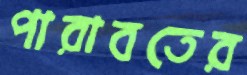
পারাবতের